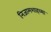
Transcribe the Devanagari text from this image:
निजामशाहच्या